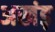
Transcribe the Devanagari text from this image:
अखंड़